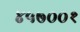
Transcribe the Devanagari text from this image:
४५७००१